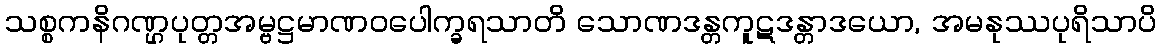
သစ္စကနိဂဏ္ဌပုတ္တအမ္ဗဋ္ဌမာဏဝပေါက္ခရသာတိ သောဏဒန္တကူဋဒန္တာဒယော, အမနုဿပုရိသာပိ